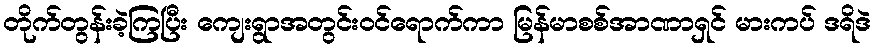
တိုက်တွန်းခဲ့ကြပြီး ကျေးရွာအတွင်းဝင်ရောက်ကာ မြန်မာစစ်အာဏာရှင် မားကပ် ဒရိဒဲ